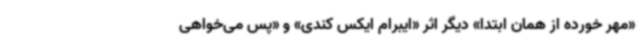
«مهر خورده از همان ابتدا» دیگر اثر «ایبرام ایکس کندی» و «پس می‌خواهی